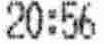
20:56